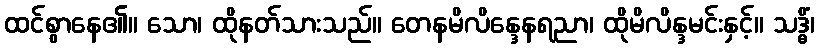
ထင်စွာနေ၏။ သော၊ ထိုနတ်သားသည်။ တေနမိလိန္ဒေနရညာ၊ ထိုမိလိန္ဒမင်းနှင့်။ သဒ္ဓိံ၊